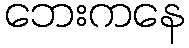
ဘေးကနေ